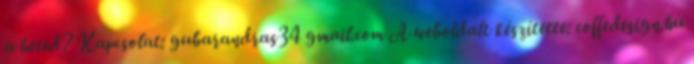
a heted? Kapcsolat: gubarandras34 gmail.com A weboldalt készítette: coffedesign.hu